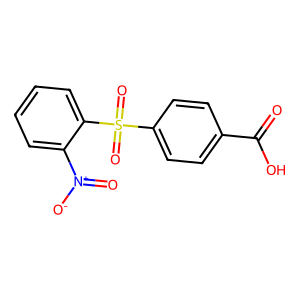
SMILES: O=C(O)c1ccc(S(=O)(=O)c2ccccc2[N+](=O)[O-])cc1
Inhibits HIV replication: No